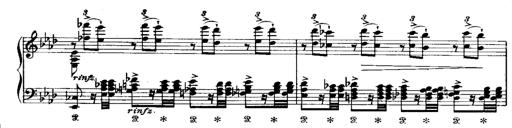
Title: Miserere du Trovatore
Composer: Franz Liszt